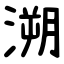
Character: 溯